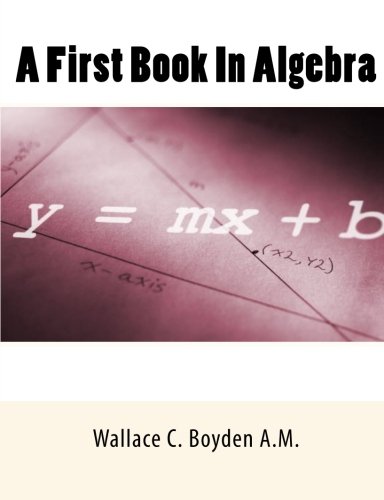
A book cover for A First Book In Algebra; Wallace C. Boyden A.M.; Test Preparation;